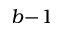
b \! - \! 1